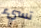
تسيء